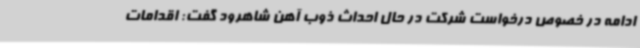
ادامه در خصوص درخواست شرکت در حال احداث ذوب آهن شاهرود گفت: اقدامات